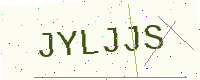
Text: JYLJJS